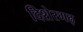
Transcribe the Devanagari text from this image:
दिशेरगढ़